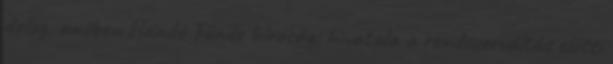
dolog, amiben Handó Tünde bírósági hivatala a rendszerváltás előtti